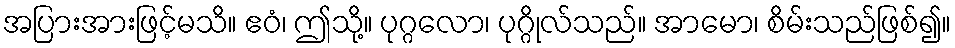
အပြားအားဖြင့်မသိ။ ဧဝံ၊ ဤသို့။ ပုဂ္ဂလော၊ ပုဂ္ဂိုလ်သည်။ အာမော၊ စိမ်းသည်ဖြစ်၍။